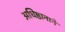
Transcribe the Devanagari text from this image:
अधिष्ठानाने